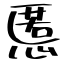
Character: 慝